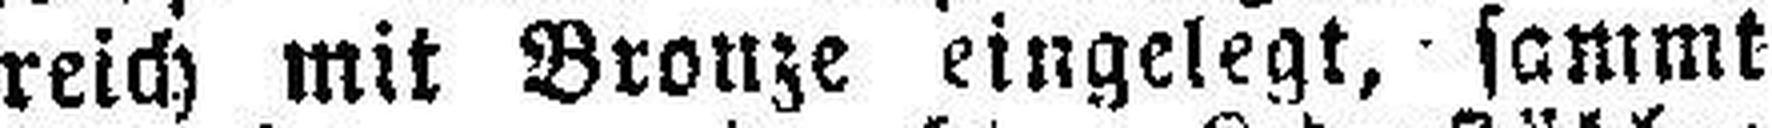
reich mit Bronze eingelegt, sommt